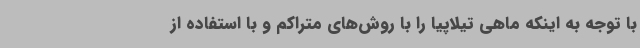
با توجه به اینکه ماهی تیلاپیا را با روش‌های متراکم و با استفاده از